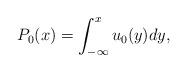
LaTeX: \begin{align*}P_{0}(x)=\int_{-\infty}^{x}u_{0}(y)dy,\end{align*}